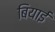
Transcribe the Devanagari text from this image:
बियाई